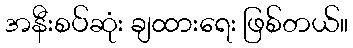
အနီးစပ်ဆုံး ချထားရေး ဖြစ်တယ်။